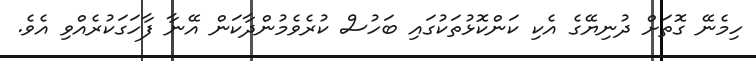
ހިމެނޭ ގޮތަށް ދުނިޔޭގެ އެކި ކަންކޮޅުތަކުގައި ބަހުސް ކުރެވެމުންދާކަން އޭނާ ފާހަގަކުރެއްވި އެވެ.